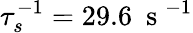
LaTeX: \tau_{s}^{-1}=29.6~\mathrm{~s~}^{-1}